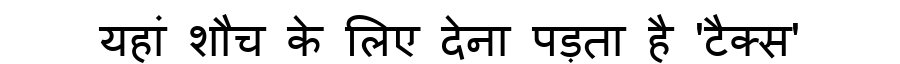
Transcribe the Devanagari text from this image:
यहां शौच के लिए देना पड़ता है 'टैक्स'